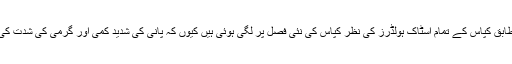
کراچی کاٹن بروکرز فورم کے چئیرمین نسیم عثمان کے مطابق کپاس کے تمام اسٹاک ہولڈرز کی نظر کپاس کی نئی فصل پر لگی ہوئی ہیں کیوں کہ پانی کی شدید کمی اور گرمی کی شدت کی وجہ سے آئندہ فصل کی آمد میںقدرے تاخیر کا اندیشہ ہے۔